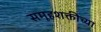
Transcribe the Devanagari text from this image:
समूहशक्तीच्या